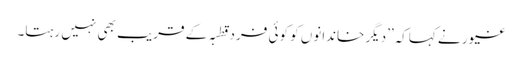
غیور نے کہاکہ’’دیگر خاندانوں کو کوئی فرد قطبہ کے قریب بھی نہیں رہتا۔